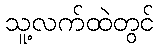
သူ့လက်ထဲတွင်